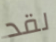
لقد